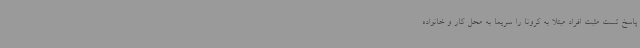
پاسخ تست مثبت افراد مبتلا به کرونا را سریعاً به محل کار و خانواده